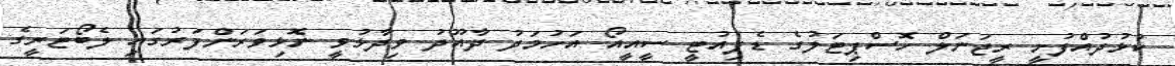
ކުޅުދުއްފުށީ ރީޖަނަލް ހޮސްޕިޓަލުގެ ޑެޕިއުޓީ ސީއީއޯ އަހުމަދު ދާއޫދު ވިދާޅުވީ ނޮޅިވަރަންފަރުގައި ލެބޯޓަރީގެ